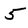
Character: 5